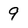
Character: 9